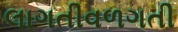
લાગતીવળગતી